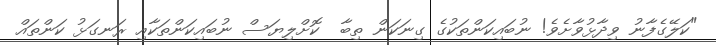
"ކަލޭގެފާނު ވިދާޅުވާށެވެ! ނުބައިކަންތަކުގެ ގިނަކަން ތިބާ  ކޮށްލިޔަސް ނުބައިކަންތަކާއި ރަނގަޅު ކަންތައް